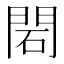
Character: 䦒